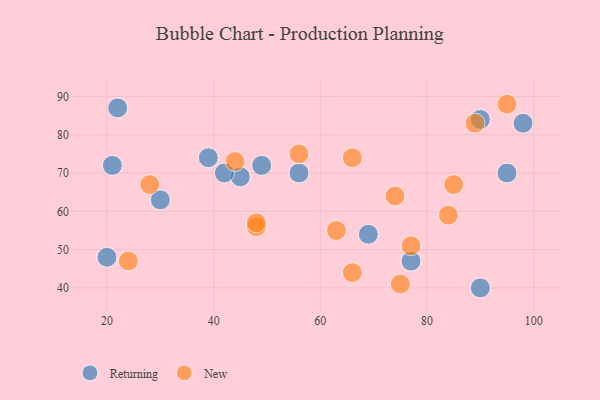
{"axis": {"x": "GDP", "y": "Life Expectancy"}, "legend": ["New", "Returning"], "data": [{"x": "69", "y": 54, "type": "Returning"}, {"x": "98", "y": 83, "type": "Returning"}, {"x": "90", "y": 84, "type": "Returning"}, {"x": "21", "y": 72, "type": "Returning"}, {"x": "49", "y": 72, "type": "Returning"}, {"x": "45", "y": 69, "type": "Returning"}, {"x": "20", "y": 48, "type": "Returning"}, {"x": "56", "y": 70, "type": "Returning"}, {"x": "95", "y": 70, "type": "Returning"}, {"x": "90", "y": 40, "type": "Returning"}, {"x": "77", "y": 47, "type": "Returning"}, {"x": "42", "y": 70, "type": "Returning"}, {"x": "22", "y": 87, "type": "Returning"}, {"x": "30", "y": 63, "type": "Returning"}, {"x": "39", "y": 74, "type": "Returning"}, {"x": "85", "y": 67, "type": "New"}, {"x": "75", "y": 41, "type": "New"}, {"x": "56", "y": 75, "type": "New"}, {"x": "74", "y": 64, "type": "New"}, {"x": "89", "y": 83, "type": "New"}, {"x": "48", "y": 56, "type": "New"}, {"x": "63", "y": 55, "type": "New"}, {"x": "48", "y": 57, "type": "New"}, {"x": "66", "y": 74, "type": "New"}, {"x": "84", "y": 59, "type": "New"}, {"x": "44", "y": 73, "type": "New"}, {"x": "24", "y": 47, "type": "New"}, {"x": "66", "y": 44, "type": "New"}, {"x": "77", "y": 51, "type": "New"}, {"x": "28", "y": 67, "type": "New"}, {"x": "95", "y": 88, "type": "New"}]}